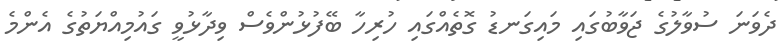
ދެވަނަ ސުވާލުގެ ޖަވާބުގައި މައިގަނޑު ގޮތެއްގައި ހުރިހާ ބޭފުޅުންވެސް ވިދާޅުވީ ގައުމިއްޔަތުގެ އެންމެ